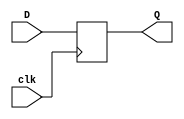
module d_register (D, clk, Q);
	input [9:0] D;
	output [9:0] Q;
	input clk;
	
	reg[9:0] Q;
	
	always @(posedge clk)
		Q <= D;
endmodule